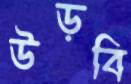
উড়বি